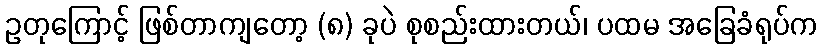
ဥတုကြောင့် ဖြစ်တာကျတော့ (၈) ခုပဲ စုစည်းထားတယ်၊ ပထမ အခြေခံရုပ်က